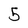
Character: 5